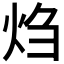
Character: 𬊂